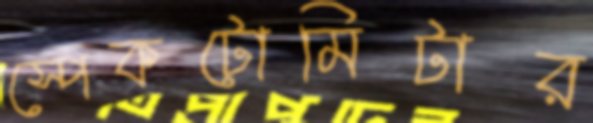
স্পেকটোমিটার